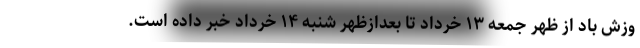
وزش باد از ظهر جمعه ۱۳ خرداد تا بعدازظهر شنبه ۱۴ خرداد خبر داده است.